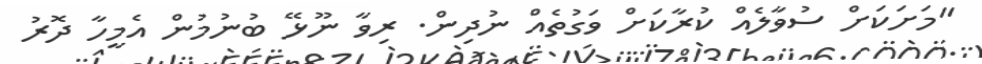
"މަށަކަށް ސުވާލެއް ކުރާކަށް ވަގުތެއް ނުދިން. ރިވާ ނޫޅޭ ބުނުމުން އެމީހާ ދޮރު